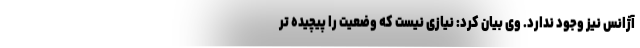
آژانس نیز وجود ندارد. وی بیان کرد: نیازی نیست که وضعیت را پیچیده تر